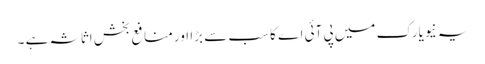
یہ نیویارک میں پی آئی اے کا سب سے بڑا اور منافع بخش اثاثہ ہے ۔